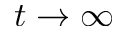
t \to \infty